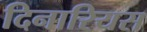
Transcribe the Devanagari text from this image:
दिनारियस